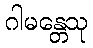
ဂါမန္တေသု